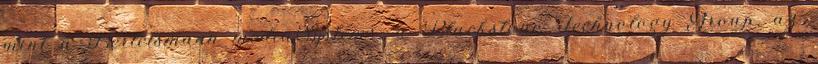
mint a Bertelsmann mediaSystems, a Blackstone Technology Group, az